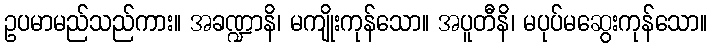
ဥပမာမည်သည်ကား။ အခဏ္ဍာနိ၊ မကျိုးကုန်သော။ အပူတီနိ၊ မပုပ်မဆွေးကုန်သော။